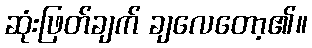
ဆုံးဖြတ်ချက် ချလေတော့၏။